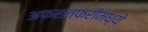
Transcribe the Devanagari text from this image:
अफरातफरीमध्ये